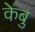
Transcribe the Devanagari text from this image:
केबु